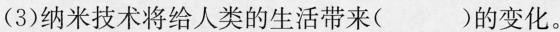
(3)纳米技术将给人类的生活带来( )的变化。